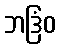
ဘဒြံဝ